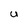
Character: U